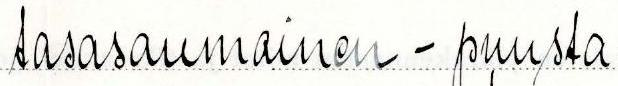
tasasaumainen - puusta